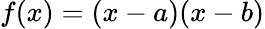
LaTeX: f(x)=(x-a)(x-b)